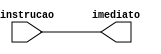
module extratorImediato
#(parameter DATA_WIDTH=16,parameter ADDR_WIDTH=16)
(
	input [ADDR_WIDTH-1:0] instrucao,
	output [DATA_WIDTH-1:0] imediato
);

	assign imediato = instrucao;
	
endmodule